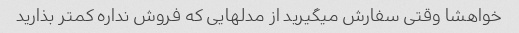
خواهشا وقتی سفارش میگیرید از مدلهایی که فروش نداره کمتر بذارید